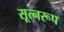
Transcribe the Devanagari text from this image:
सूत्नरूप